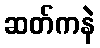
ဆတ်ကနဲ